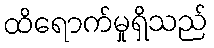
ထိရောက်မှုရှိသည်